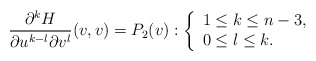
\begin{align*} \frac{\partial^kH}{\partial u^{k-l}\partial v^l}(v,v)=P_2(v):\left\{ \begin{array}{l} 1\leq k\leq n-3,\\ 0\leq l\leq k. \end{array}\right.\end{align*}